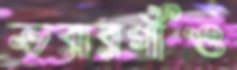
ভরারগাঁও